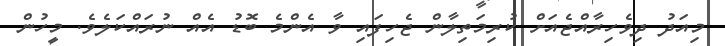
މިއަދު ދިވެހިރާއްޖެއަށް ކުރިމަތިލާން ޖެހިފައި ވާ އެންމެ ބޮޑު އެއް ނުރައްކަލެވެ. މީހުން